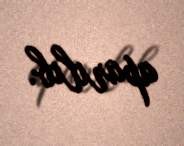
aparılıb.